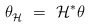
\begin{align*} \theta_{\mathcal{H}}^{\vphantom{j}}~=~\mathcal{H}^* \theta\end{align*}